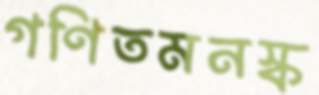
গণিতমনস্ক